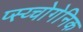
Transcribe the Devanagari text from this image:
प्स्य्चोगेनिक